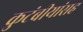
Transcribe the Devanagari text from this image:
कुटंबीयांसह